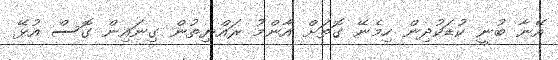
އޭނާ ބުނީ ކުޑަކުދިން ހިމެނޭ ގޮތަށް އާންމު ރައްޔިތުން ގިނައިން ގޮސް އުޅޭ